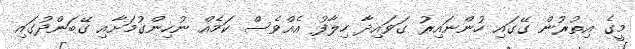
މީގެ އިތުރުން ގޭގައި ހުންނައިރު ގަވައިދާ ހިލާފު އެއްވެސް ކަމެއް ނުހިންގުމަށާއި ގޭބަންދުގައި